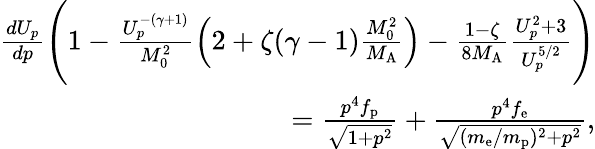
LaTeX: \begin{array}{r}{\frac{dU_{p}}{dp}\Bigg(1-\frac{U_{p}^{-(\gamma+1)}}{M_{0}^{2}}\Big(2+\zeta(\gamma-1)\frac{M_{0}^{2}}{M_{\mathrm{A}}}\Big)-\frac{1-\zeta}{8M_{\mathrm{A}}}\frac{U_{p}^{2}+3}{U_{p}^{5/2}}\Bigg)}\\ {=\frac{p^{4}f_{\mathrm{p}}}{\sqrt{1+p^{2}}}+\frac{p^{4}f_{\mathrm{e}}}{\sqrt{(m_{\mathrm{e}}/m_{\mathrm{p}})^{2}+p^{2}}},}\end{array}